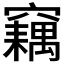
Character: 𥨱